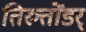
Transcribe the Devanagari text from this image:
तिरुत्तोंडर्